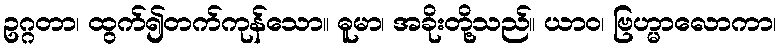
ဥဂ္ဂတာ၊ ထွက်၍တက်ကုန်သော။ ဓူမာ၊ အခိုးတို့သည်။ ယာဝ၊ ဗြဟ္မာလောကာ၊